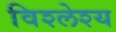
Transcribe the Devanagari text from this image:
विश्लेश्य